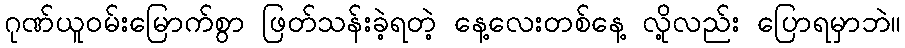
ဂုဏ်ယူဝမ်းမြောက်စွာ ဖြတ်သန်းခဲ့ရတဲ့ နေ့လေးတစ်နေ့ လို့လည်း ပြောရမှာဘဲ။